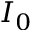
I _ { 0 }